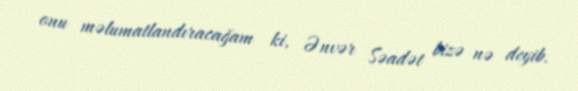
onu məlumatlandıracağam ki, Ənvər Səadət bizə nə deyib.